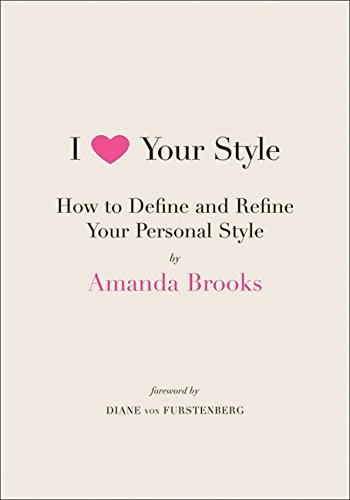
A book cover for I Love Your Style: How to Define and Refine Your Personal Style; Amanda Brooks; Health, Fitness & Dieting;